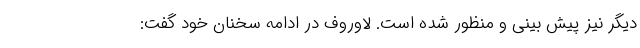
دیگر نیز پیش بینی و منظور شده است. لاوروف در ادامه سخنان خود گفت: